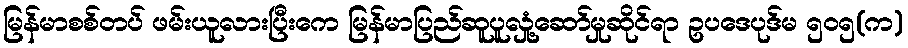
မြန်မာစစ်တပ် ဖမ်းယူလားပြီးကေ မြန်မာပြည်ဆူပူလှုံ့ဆော်မှုဆိုင်ရာ ဥပဒေပုဒ်မ ၅၀၅(က)